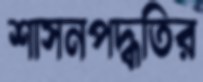
শাসনপদ্ধতির